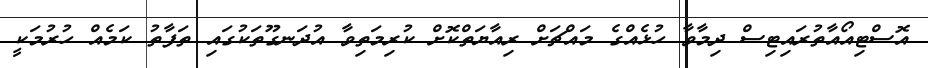
އޮސްޓިއޯއާތުރައިޓިސް ދިމާވާ ހުޅެއްގެ މައްޗަށް ރިއާޔަތްކޮށް ކުރިމަތިވާ އުދަނގޫތަކުގައި ތަފާތު ކަމެއް ހުރުމަކީ